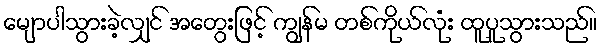
မျောပါသွားခဲ့လျှင် အတွေးဖြင့် ကျွန်မ တစ်ကိုယ်လုံး ထူပူသွားသည်။